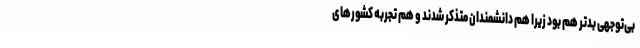
بی‌توجهی بدتر هم بود زیرا هم دانشمندان متذکر شدند و هم تجربه کشورهای